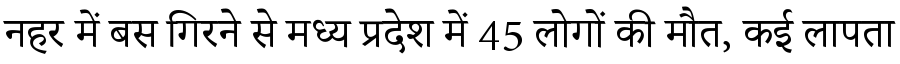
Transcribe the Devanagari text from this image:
नहर में बस गिरने से मध्य प्रदेश में 45 लोगों की मौत, कई लापता